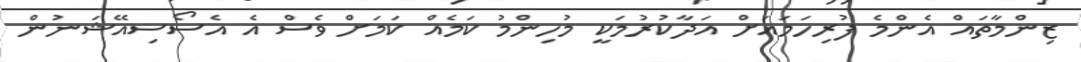
ޒިންމާތައް އެންމެ ފުރިހަމައަށް އަދާކުރުމަކީ މުހިންމު ކަމެއް ކަމަށް ވެސް އެ އެސޯސިއޭޝަނުން